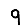
Digit: 9